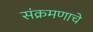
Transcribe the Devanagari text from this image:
संक्रमणाचे